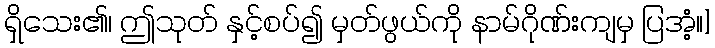
ရှိသေး၏၊ ဤသုတ် နှင့်စပ်၍ မှတ်ဖွယ်ကို နာမ်ဂိုဏ်းကျမှ ပြအံ့။]